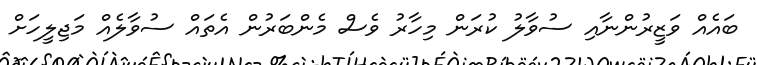
ބައެއް ވަޒީރުންނާއި ސުވާލު ކުރަން މިހާރު ވެސް މެންބަރުން އެތައް ސުވާލެއް މަޖިލީހަށް